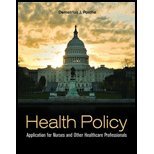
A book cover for Health Policy Application for Nurses and Other Health Care Professionals by Porche, Demetrius J. [Jones & Bartlett Learning,2011] [Paperback]; Medical Books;